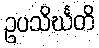
ဥပသိင်္ဃတိ